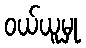
ဝယ်ယူမှု